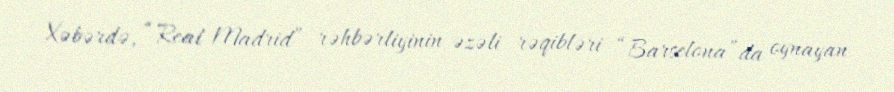
Xəbərdə, “Real Madrid” rəhbərliyinin əzəli rəqibləri “Barselona”da oynayan